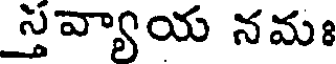
స్తవ్యాయ నమః